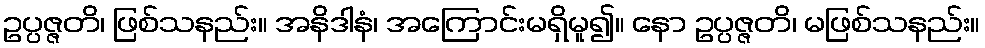
ဥပ္ပဇ္ဇတိ၊ ဖြစ်သနည်း။ အနိဒါနံ၊ အကြောင်းမရှိမူ၍။ နော ဥပ္ပဇ္ဇတိ၊ မဖြစ်သနည်း။